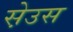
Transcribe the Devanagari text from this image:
स़ेउस